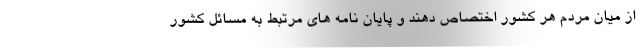
از میان مردم هر کشور اختصاص دهند و پایان نامه های مرتبط به مسائل کشور